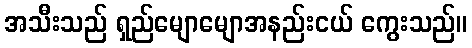
အသီးသည် ရှည်မျောမျောအနည်းငယ် ကွေးသည်။